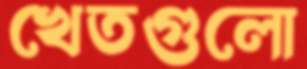
খেতগুলো